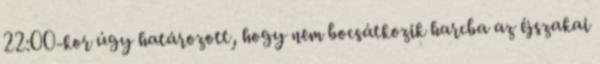
22:00-kor úgy határozott, hogy nem bocsátkozik harcba az éjszakai